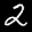
Label: 2